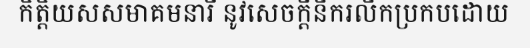
កិត្តិយសសមាគមនារី នូវសេចក្តីនឹករលឹកប្រកបដោយ